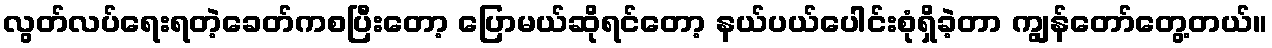
လွတ်လပ်ရေးရတဲ့ခေတ်ကစပြီးတော့ ပြောမယ်ဆိုရင်တော့ နယ်ပယ်ပေါင်းစုံရှိခဲ့တာ ကျွန်တော်တွေ့တယ်။